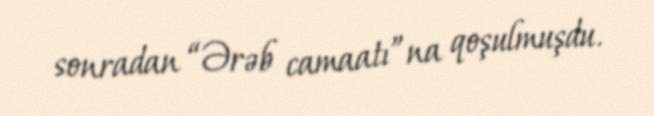
sonradan “Ərəb camaatı”na qoşulmuşdu.